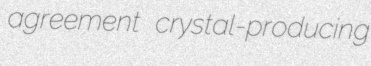
agreement crystal-producing